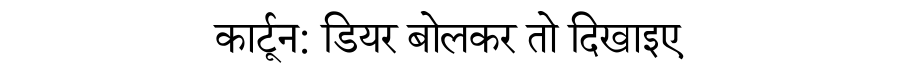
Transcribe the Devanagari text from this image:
कार्टून: डियर बोलकर तो दिखाइए